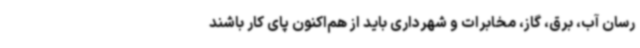
رسان آب، برق، گاز، مخابرات و شهرداری باید از هم‌اکنون پای کار باشند